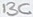
Text: 13C